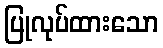
ပြုလုပ်ထားသော